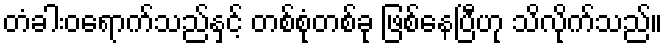
တံခါးဝရောက်သည်နှင့် တစ်စုံတစ်ခု ဖြစ်နေပြီဟု သိလိုက်သည်။